Annual report of the Civil Veterinary Department, Bengal, for the year 1897-98 - 1897-1898
Year: 1897
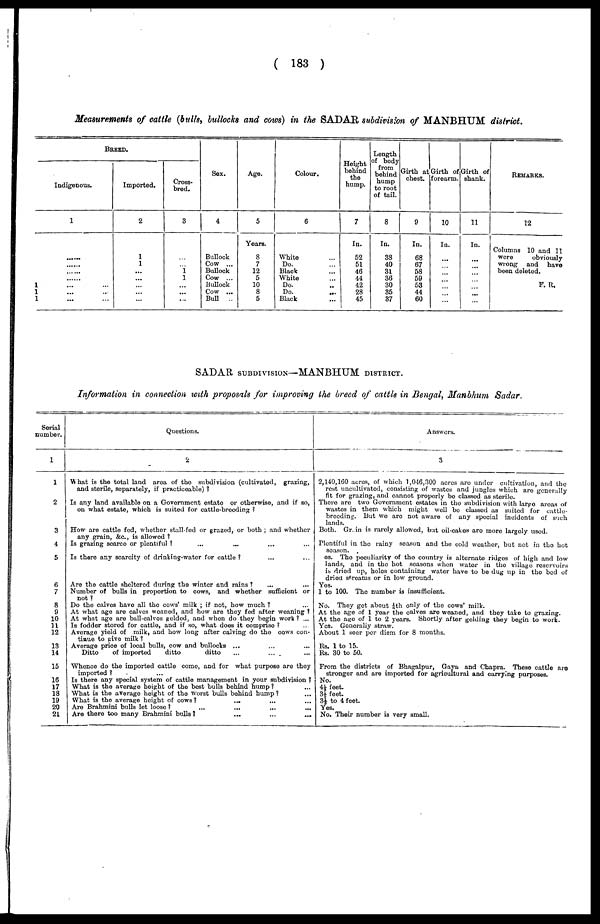
( 183 )
Measurements of cattle (bulls, bullocks and cows) in the SADAR subdivision of MANBHUM district.
1
1
1
BREED.
Indigenous.
1
......
......
......
......
... ...
... ...
... ...
Imported.
2
1
1
...
...
...
...
...
Cross
bred.
3
...
... 1
1
...
...
...
Sex.
4
Bullock
Cow ...
Bullock
Cow ...
Bullock
Cow ...
Bull ...
Age.
5
Years.
8
7
12
5
10
8
5
Colour.
6
White ...
Do. ...
Black ...
White ...
Do. ...
Do. ...
Black ...
Height
behind
the
hump.
7
In.
52
51
46
44
42
28
45
Length
of body
from
behind
hump
to root
of tail.
8
In.
38
40
31
36
30
35
37
Girth at
chest.
9
In.
68
67
58
59
53
44
60
Girth of
forearm.
10
In.
...
...
...
...
...
...
...
Girth of
shank.
11
In.
...
...
...
...
...
...
...
REMARKS.
12
Columns 10 and 11
wore
obviously
wrong and
have
been deleted.
F. R.
SADAR SUBDIVISION—MANBHUM DISTRICT.
Information in connection with proposals for improving the breed of cattle in Bengal, Manbhum Sadar.
Serial
number.
1
1
2
3
4
5
6
7
8
9
10
11 12
13
14
15
16
17
18
19
20
21
Questions.
2
What is the total land area of the subdivision (cultivated, grazing,
and sterile, separately, if practiceable) ?
Is any land available on a Government estate or otherwise, and if so,
on what estate, which is suited for cattle-breeding ?
How are cattle fed, whether stall-fed or grazed, or both ; and whether
any grain, &c., is allowed ?
Is grazing scarce or plentiful ? ... ... ... ...
Is there any scarcity of drinking-water for cattle ? ... ...
Are the cattle sheltered during the winter and rains ? ... ...
Number of bulls in proportion to cows, and whether sufficient or
Do the calves have all the cows' milk ; if not, how much ? ...
At what age are calves weaned, and how are they fed after weaning ?
At what age are ball-calves gelded, and when do they begin work ? ...
Is fodder stored for cattle, and if so, what does it comprise ? ...
Average yield of milk, and how long after calving do the cows con
tinue to give milk ?
Average price of local bulls, cow and bullocks ... ... ...
Ditto
of imported
ditto
ditto
...
...
...
Whence do the imported cattle come, and for what purpose are they
imported ? ... ... ...
Is there any special system of cattle management in your subdivision ?
What is the average height of the best bulls behind hump ? ...
What is the average height of the worst bulls behind hump? ...
What is the average height of cows ? ... ... ...
Are Brahmini bulls let loose ? ... ... ... ...
Are there too many Brahmini bulls?
...
...
...
Answers.
3
2,140,160 acres, of which 1,046,300 acres are under cultivation, and the
rest uncultivated, consisting of wastes and jungles which are generally
fit for grazing, and cannot properly be classed as sterile.
There are two Government estates in the subdivision with largo areas of
wastes in them which might well be classed as suited for cattle-
breeding. But we are not aware of any special incidents of such
Both. Grain is rarely allowed, but oil-cakes are more largely used.
Plentiful in the rainy season and the cold weather, but not in the hot
es. The peculiarity of the country is alternate ridges of high and low
lands, and in the hot seasons when water in the village reservoirs
is dried up, holes containing water have to be dug up in the bed of
dried streams or in low ground.
Yes.
1 to 100. The number is insufficient.
No. They get about ¼th only of the cows' milk.
At the age of 1 year the calves are weaned, and they take to grazing.
At the age of 1 to 2 years. Shortly after gelding they begin to work.
Yes. Generally straw.
About 1 seer per diem for 8 months.
Rs. 1 to 15.
Rs. 30 to 50.
From the districts of Bhagalpur, Gaya and Chapra. These cattle are
stronger and are imported for agricultural and carrying purposes.
No.
4½ feet.
3⅓ feet.
3⅓ to 4 feet.
Yes.
No. Their number is very small.